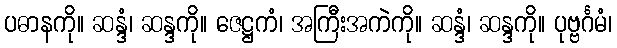
ပဓာနကို။ ဆန္ဒံ၊ ဆန္ဒကို။ ဇေဋ္ဌကံ၊ အကြီးအကဲကို။ ဆန္ဒံ၊ ဆန္ဒကို။ ပုဗ္ဗင်္ဂမံ၊